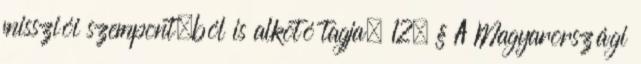
missziói szempont¬ból is alkotó tagja. 12. § A Magyarországi